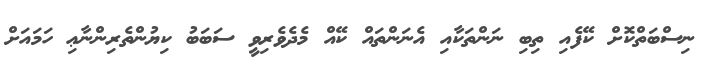
ނިސްބަތްކޮށް ކޭފެއި ތިބި ނަންތަކާއި އެނަންތައް ކޭއް މެދެވެރިވީ ސަބަބު ކިޔުންތެރިންނާޢި ހަމައަށް